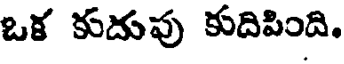
ఒక కుదుపు కుదిపింది.